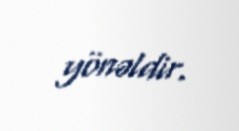
yönəldir.